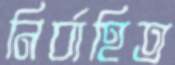
নির্বাহিত